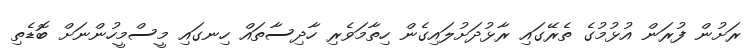
ރަށުން ފުރަން އުޅުމުގެ ތެރޭގައި ރާޅުދަށުލައިގެން ހިތާމަވެރި ހާދިސާތައް ހިނގައި މީސްމީހުންނަށް ބޮޑެތި